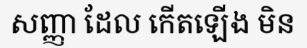
សញ្ញា ដែល កើតឡើង មិន